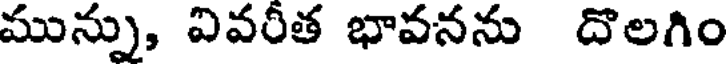
మున్ను, వివరీత భావనను దొలగిం